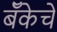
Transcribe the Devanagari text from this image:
बॅँकेचे